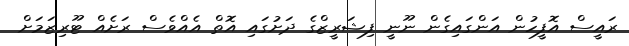
ރައީސް އޮފީހުން އަންގައިގެން ނޫނީ ފިޝަރީޒްގެ ދަށުގައި އޮތް އެއްވެސް ރަށެއް ޓޫރިޒަމަށް